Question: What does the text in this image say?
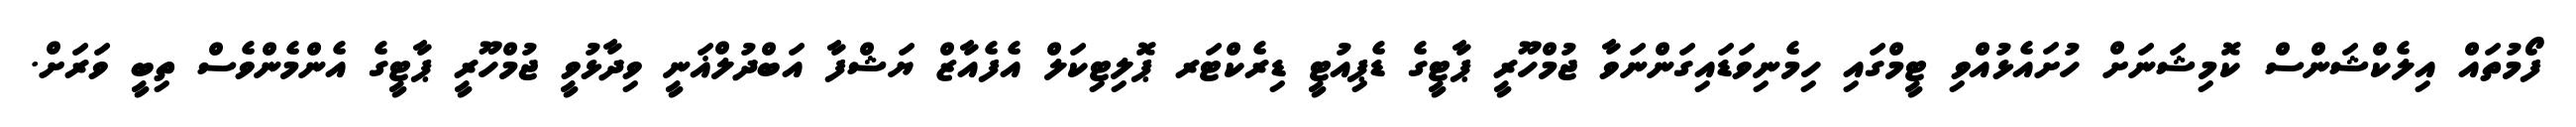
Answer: ފޯމުތައް އިލެކްޝަންސް ކޮމިޝަނަށް ހުށައެޅުއްވި ޓީމްގައި ހިމެނިވަޑައިގަންނަވާ ޖުމްހޫރީ ޕާޓީގެ ޑެޕިއުޓީ ޑިރެކްޓަރ ޕޮލިޓިކަލް އެފެއާޒް ޔަޝްފާ އަބްދުލްޣަނީ ވިދާޅުވީ ޖުމްހޫރީ ޕާޓީގެ އެންމެންވެސް ތިބީ ވަރަށް.